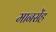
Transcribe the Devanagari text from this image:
मानसेंह